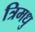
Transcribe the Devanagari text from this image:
त्रिमधु